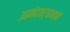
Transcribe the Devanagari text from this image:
आनंदवर्धानाने